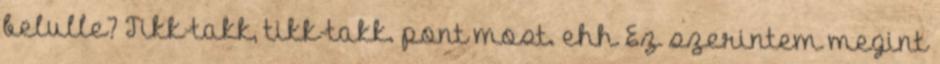
belulle? Tikk-takk, tikk-takk. pont most. ehh Ez szerintem megint